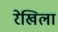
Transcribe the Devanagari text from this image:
रेखिला